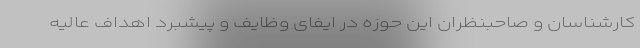
کارشناسان و صاحبنظران این حوزه در ایفای وظایف و پیشبرد اهداف عالیه